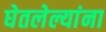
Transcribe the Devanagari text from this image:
घेतलेल्यांना